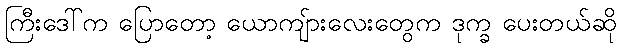
ကြီးဒေါ်က ပြောတော့ ယောကျ်ားလေးတွေက ဒုက္ခ ပေးတယ်ဆို